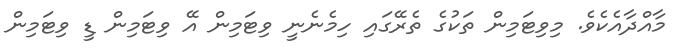
މާއްދާއެކެވެ. މިވިޓަމިން ތަކުގެ ތެރޭގައި ހިމެނެނީ ވިޓަމިން އޭ ވިޓަމިން ޑީ ވިޓަމިން